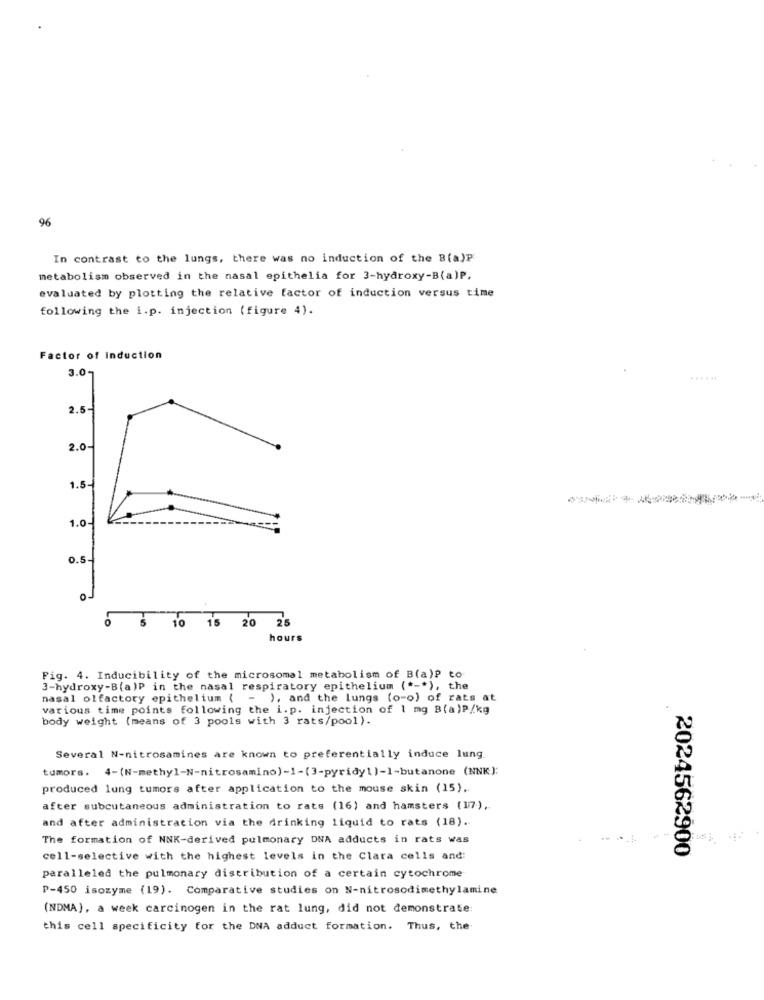
96
In contrast to the lungs, there was no induction of the B(a)P
metabolism observed in the nasal epithelia for 3-hydroxy-B(a)P.
evaluated by plotting the relative factor of induction versus time
following the i.p. injection (figure 4).
Factor of Induction
3.0
......
2.5
2.0-
1.5
1.0
0.5-
10 15 20 25
hours
Fig. 4. Inducibility of the microsomal metabolism of B(a)P to
3-hydroxy-B(a)P in the nasal respiratory epithelium ( *-* ), the
nasal olfactory epithelium ( - ), and the lungs (o-o) of rats at
various time points following the i. p. injection of 1 mg B(a)P/kg
body weight (means of 3 pools with 3 rats/pool).
Several N-nitrosamines are known to preferentially induce lung
tumors. 4-(N-methyl-N-nitrosamino)-1-(3-pyridy1)-1-butanone (NNK];
produced lung tumors after application to the mouse skin (15).
after subcutaneous administration to rats (16) and hamsters (17.),
and after administration via the drinking liquid to rats (18) ..
The formation of NNK-derived pulmonary DNA adducts in rats was
2024562900
cell-selective with the highest levels in the Clara cells and:
paralleled the pulmonary distribution of a certain cytochrome
P-450 isozyme (19). Comparative studies on N-nitrosodimethylamine
(NDMA), a week carcinogen in the rat lung, did not demonstrate:
this cell specificity for the DWA adduct formation. Thus, the